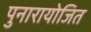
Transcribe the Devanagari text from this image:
पुनारायोजित